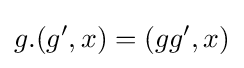
g.(g',x)=(gg',x)